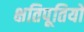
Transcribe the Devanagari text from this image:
क्षतिपूतियों